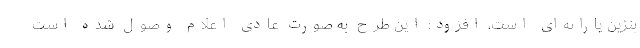
بنزین یارانه‌ای است، افزود: این طرح به صورت عادی اعلام وصول شده است